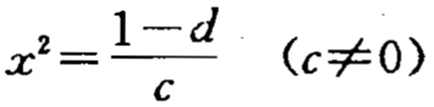
\(x^{2}=\frac{1 - d}{c}\quad (c\neq 0)\)